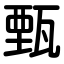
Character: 甄